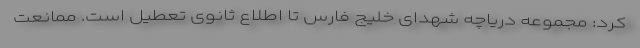
کرد: مجموعه دریاچه شهدای خلیج فارس تا اطلاع ثانوی تعطیل است. ممانعت